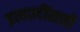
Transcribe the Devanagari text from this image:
इत्याादींसाठी